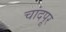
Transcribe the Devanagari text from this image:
चांदपूर